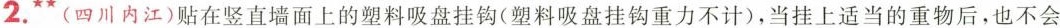
2.**(四川内江)贴在竖直墙面上的塑料吸盘挂钩(塑料吸盘挂钩重力不计)，当挂上适当的重物后，也不会